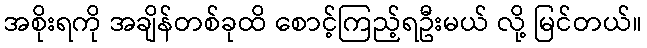
အစိုးရကို အချိန်တစ်ခုထိ စောင့်ကြည့်ရဦးမယ် လို့ မြင်တယ်။